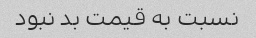
نسبت به قیمت بد نبود